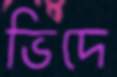
ভিদে